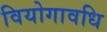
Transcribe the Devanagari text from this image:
वियोगावधि